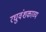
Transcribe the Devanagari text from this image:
रघुवंशकाव्य